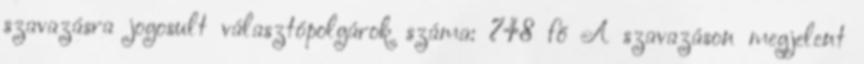
szavazásra jogosult választópolgárok száma: 748 fő A szavazáson megjelent